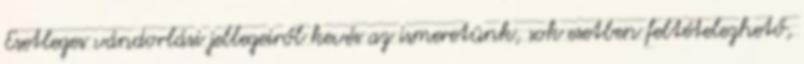
Esetleges vándorlási jellegeiről kevés az ismeretünk, sok esetben feltételezhető,